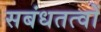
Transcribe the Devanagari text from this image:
सबंधतत्वों